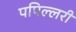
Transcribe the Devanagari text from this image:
पपिल्लरी